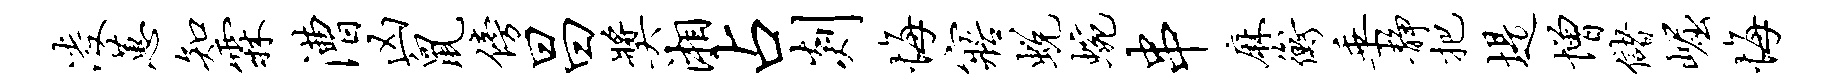
凌蕙知霖漕凶鼠傍昌奖湘占剡悔寤蜕蜿串麻衡垂静把堤增储崛悔